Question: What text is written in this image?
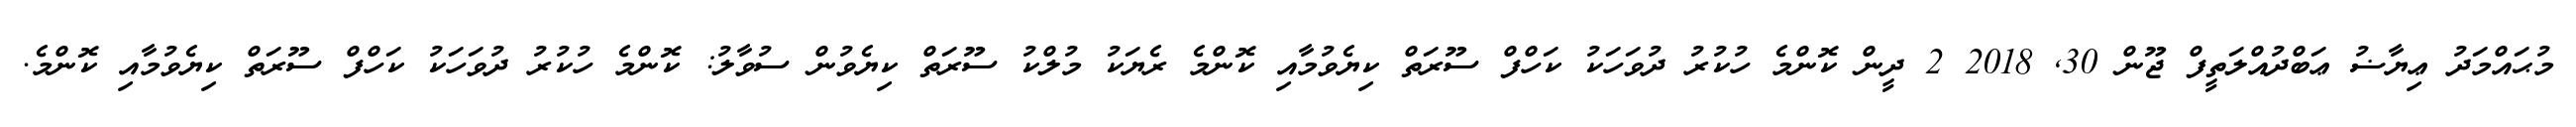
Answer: މުޙައްމަދު ޢިޔާޟު ޢަބްދުއްލަތީފް ޖޫން 30, 2018 2 ދީން ކޮންމެ ހުކުރު ދުވަހަކު ކަހްފް ސޫރަތް ކިޔެވުމާއި ކޮންމެ ރެޔަކު މުލްކު ސޫރަތް ކިޔެވުން ސުވާލު: ކޮންމެ ހުކުރު ދުވަހަކު ކަހްފް ސޫރަތް ކިޔެވުމާއި ކޮންމެ.